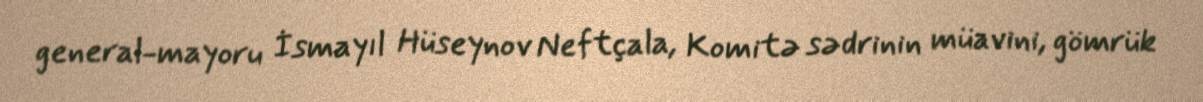
general-mayoru İsmayıl Hüseynov Neftçala, Komitə sədrinin müavini, gömrük